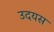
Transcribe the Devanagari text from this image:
उदयस